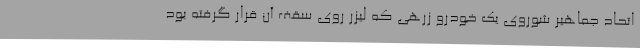
اتحاد جماهیر شوروی یک خودرو زرهی که لیزر روی سقف آن قرار گرفته بود